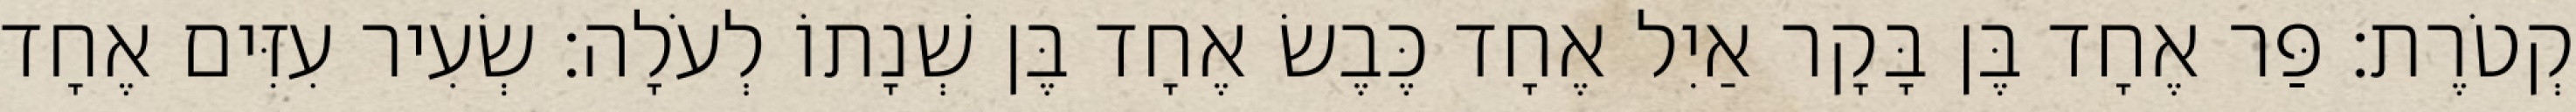
קְטֹרֶת׃ פַּר אֶחָד בֶּן בָּקָר אַיִל אֶחָד כֶּבֶשׂ אֶחָד בֶּן שְׁנָתוֹ לְעֹלָה׃ שְׂעִיר עִזִּים אֶחָד